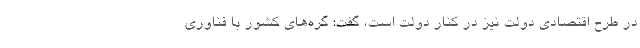
در طرح اقتصادی دولت نیز در کنار دولت است، گفت: گره‌های کشور با فناوری